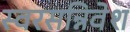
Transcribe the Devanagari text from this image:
स्वरसन्निवेश